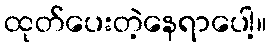
ထုတ်ပေးတဲ့နေရာပေါ့။